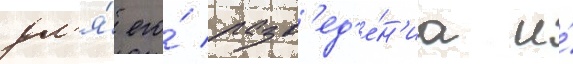
дл'я́ его́ разв'ед'е́н'иа и́